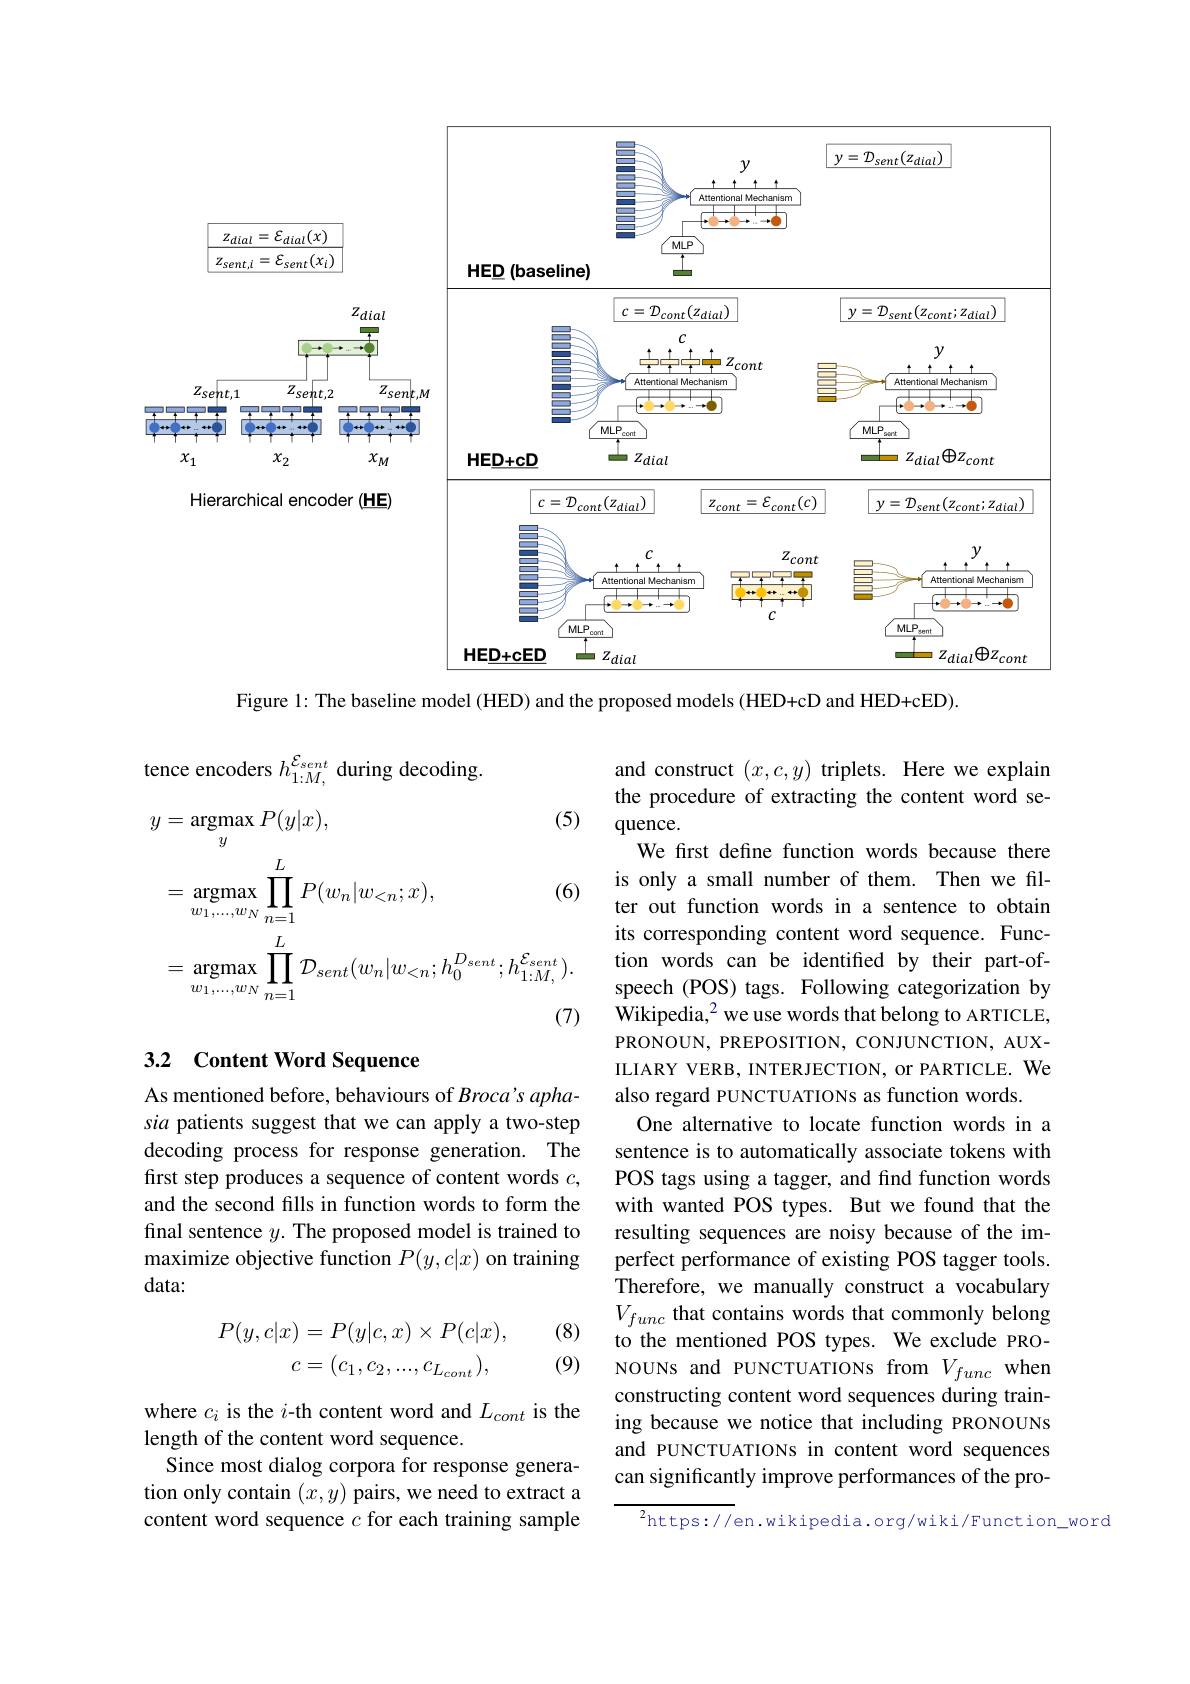
<FigureHere>

Figure 1: The baseline model (HED) and the proposed models (HED+cD and HED+cED).

tence encoders $h_{1:M,}^{\mathcal{E}_{sent}}$ during decoding
$$\begin{aligned}\text{y}&=\operatorname{argmax}_{y}P(y|x),&\text{(5)}\\&=\operatorname{argmax}_{w_{1},\ldots,w_{N}}\prod_{n=1}^{L}P(w_{n}|w_{<n};x),&\text{(6)}\\&=\operatorname{argmax}_{w_{1},\ldots,w_{N}}\prod_{n=1}^{L}\mathcal{D}_{sent}(w_{n}|w_{<n};h_{0}^{D_{sent}};h_{1:M,}^{\mathcal{E}_{sent}}).\end{aligned}$$
### 3.2 Content Word Sequence

and construct $(x,c,y)$ triplets. Here we explain the procedure of extracting the content word sequence.
We first define function words because there is only a small number of them. Then we filter out function words in a sentence to obtain its corresponding content word sequence. Function words can be identified by their part-ofspeech (POS) tags. Following categorization by $\bar{\text{Wikipedia,}}^2$ we use words that belong to ARTICLE, PRONOUN, PREPOSITION, CONJUNCTION, AUXILIARY VERB, INTERJECTION, or PARTICLE. We also regard PUNCTUATIONs as function words.
One alternative to locate function words in a sentence is to automatically associate tokens with POS tags using a tagger, and find function words with wanted POS types. But we found that the resulting sequences are noisy because of the imperfect performance of existing POS tagger tools. Therefore, we manually construct a vocabulary $V_{func}$ that contains words that commonly belong to the mentioned POS types. We exclude PRONOUNs and PUNCTUATIONs from $V_{func}$ when constructing content word sequences during training because we notice that including PRONOUNs and PUNCTUATIONs in content word sequences can significantly improve performances of the pro-

As mentioned before, behaviours of $Broca’s$ aphasia patients suggest that we can apply a two-step decoding process for response generation. The first step produces a sequence of content words $c$, and the second fills in function words to form the final sentence $y.$ The proposed model is trained to maximize objective function $P(y,c|x)$ on training data:

(8)
$$\begin{aligned}P(y,c|x)&=P(y|c,x)\times P(c|x),\\c&=(c_{1},c_{2},...,c_{L_{cont}}),\end{aligned}$$
(9)

where $c_i$ is the $i$-th content word and $L_cont$ is the
length of the content word sequence.
Since most dialog corpora for response generation only contain $(x,y)$ pairs, we need to extract a content word sequence $c$ for each training sample

$^{2}$https://en.wikipedia.org/wiki/Function\_word